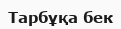
Тарбұқа бек